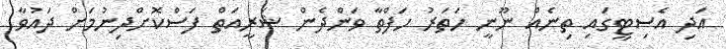
އަދި އެސިޓީގައި ތިނެއް ނޫނީ ހަތަރު ހަފްތާ ވަންދެން ޝަރީއަތް ފަސްކޮށްދިނުމަށް ދައުވާ